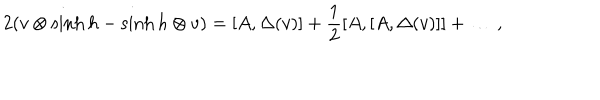
LaTeX: 2 ( v \otimes \sinh h - \sinh h \otimes v ) = [ A , \Delta ( v ) ] + \frac { 1 } { 2 } [ A , [ A , \Delta ( v ) ] ] + \ldots \, ,